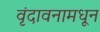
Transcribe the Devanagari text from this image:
वृंदावनामधून